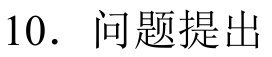
10. 问题提出